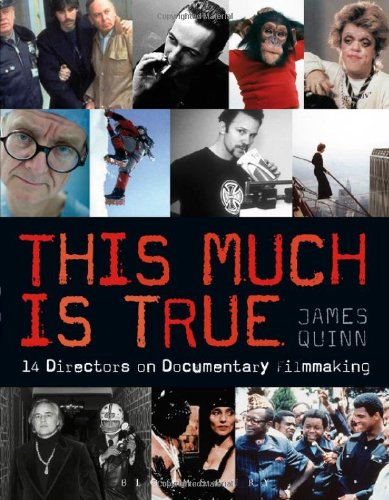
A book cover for The This Much is True - 15 Directors on Documentary Filmmaking (Professional Media Practice); James Quinn; Humor & Entertainment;